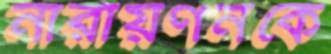
নারায়ণনকে